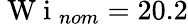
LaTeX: \mathrm{~W~i~}_{nom}=20.2